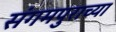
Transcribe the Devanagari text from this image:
संगमपुराच्या